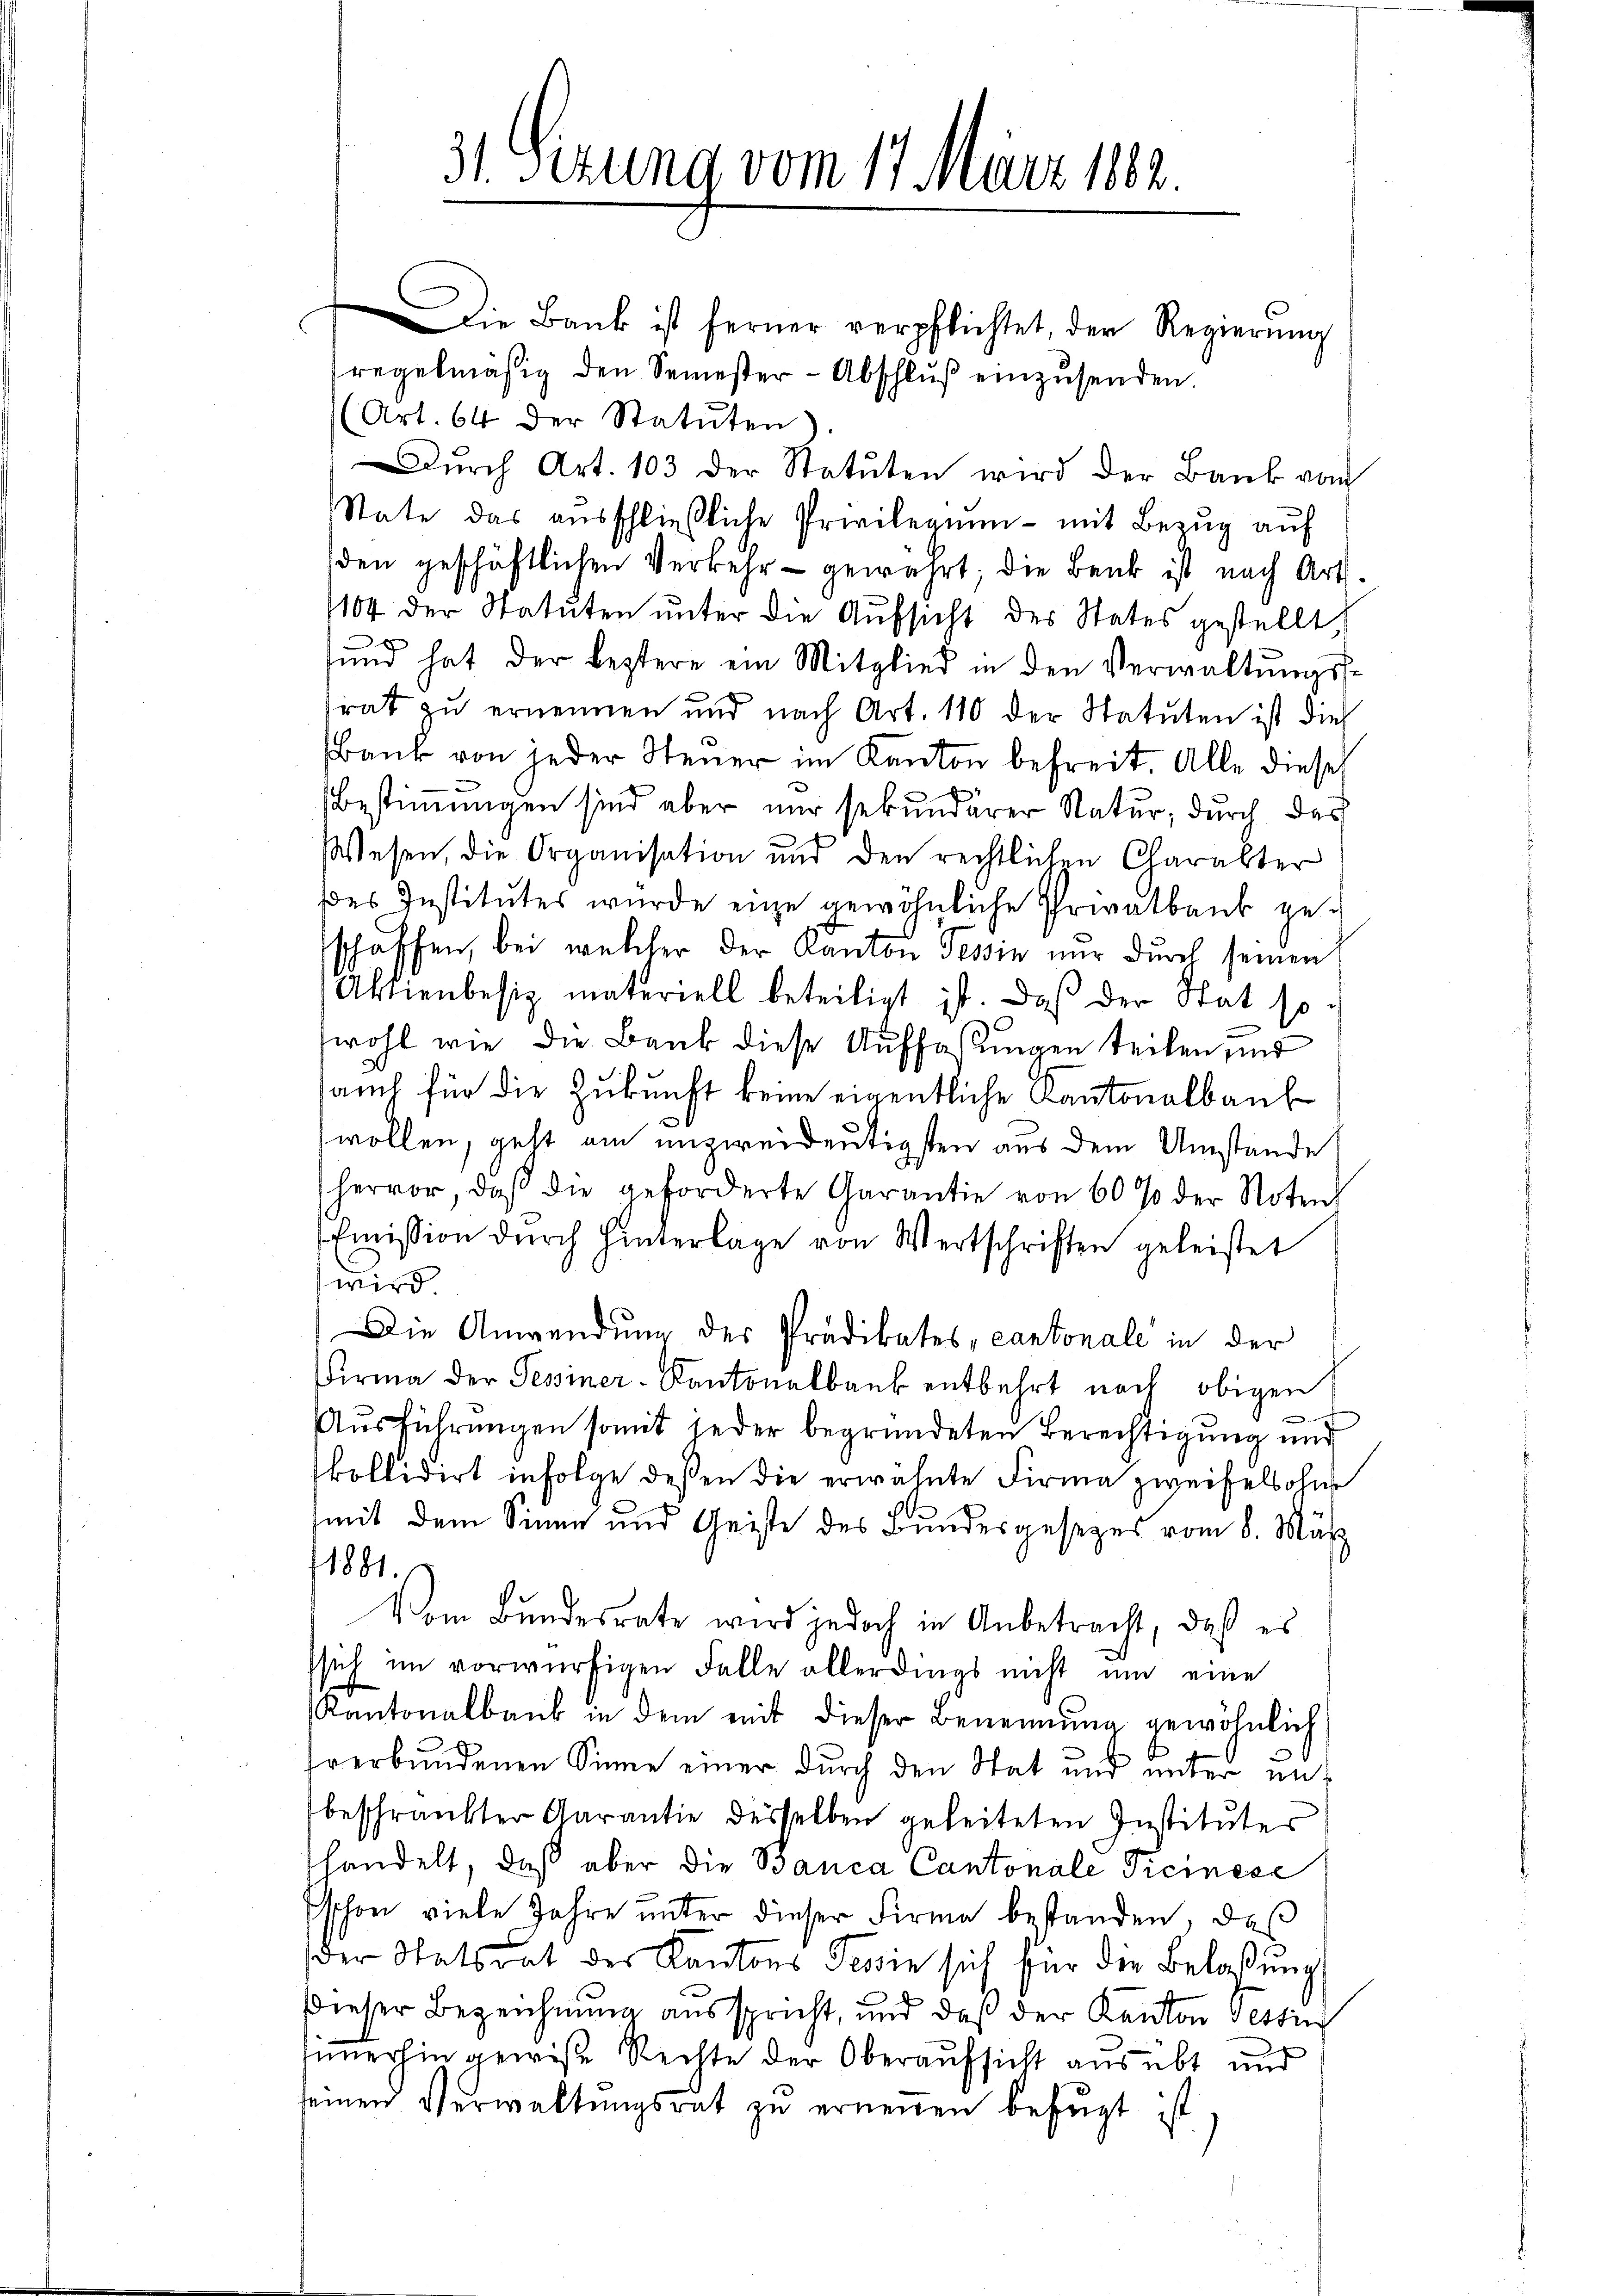
Die Bank ist ferner verpflichtet, der Regierŭng
regelmäßig den Semester-Abschluß einzusenden.
(Art. 64 der Statuten
Dŭrch Art. 103 der Statuten wird der Bank vom
State das aŭsschließliche Privilegium - mit Bezŭg aŭf
den geschäftlichen Verkehr gewährt; die Bank ist nach Art.
1104 der Statuten unter die Aufsicht des States gestellt
d
sund hat der leztere ein Mitglied in den Verwaltŭngs-
rat zu ernennen und nach Art. 110 der Statuten ist dies
Bank von jeder Steuer im Kanton befreit. Alle dieses
Bestimmungen sind aber nur sekundärer Natur, durch das
Wesen, die Organisation und den rechtlichen Charakter
des Institutes wurde eine gewöhnliche Privatbank geschaffen, bei welcher der Kanton Tessin nur durch seinen
Aktienbesiz materiell beteiligt ist. Daß der Stat sowohl wie die Bank diese Auffaßungen teilen, ind
auch für die Zukunft keine eigentliche Cantonalbaus
wollen, geht am unzweideutigsten aus dem Umstände
hervor, daβ die geforderte Garantie von 60 % der Noten,
Emission dŭrch Hinterlage von Wertschriften geleistet
wird
Die Anwendung des Prädikates, cantonale in der
Firma der Tessiner-Kantonalbank entbehrt nach obigen
Ausführungen somit jeder begründeten Berechtigung und
kollidirt infolge deßen die erwähnte Firma zweifelsolute
(mit dem Sinne und Geiste des Bundesgesezes vom 8. März
1881.
Vom Bundesrate wird jedoch in Anbetracht, daß es
ssich im vorwürfigen Falle allerdings nicht um eine
Kantonalbaub in dem mit dieser Benennung gewöhnlich
verbundenen Sinne einer durch den Stat und unter ent
beschränkter Aarantie desselben geleiteten Institutes
handelt, daß aber die Banca Cantonale Ticinese
Eschon viele Jahre unter dieser Firma bestanden, daß
der Statsdat des Kantons Tessin sich für die Belassung
Dieser Bezeichnung ausspricht, und daß der Kanton Tessin
sunerhin gewiße Rechte der Oberaufsicht ausübt und
seinen Verwaltŭngsrat zŭ erneuen befugt ist

31. Sizung vom 17. März 1882.